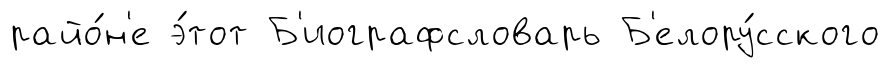
райо́н'е э́тот Б'иографсловарь Б'елору́сского